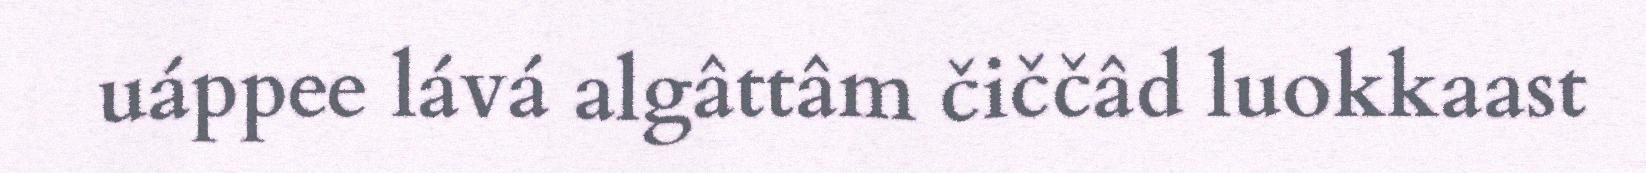
uáppee lává algâttâm čiččâd luokkaast